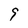
Character: 9